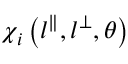
\chi _ { i } \left( l ^ { \parallel } , l ^ { \perp } , \theta \right)